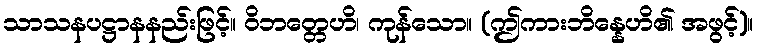
သာသနပဋ္ဌာနနည်းဖြင့်။ ဝိဘတ္တေဟိ၊ ကုန်သော။ (ဤကားဘိန္နေဟိ၏ အဖွင့်)။